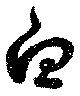
白